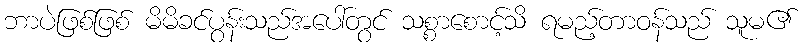
ဘာပဲဖြစ်ဖြစ် မိမိခင်ပွန်းသည်အပေါ်တွင် သစ္စာစောင့်သိ ရမည့်တာဝန်သည် သူမ၏